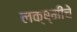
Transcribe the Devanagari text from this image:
लक्ष्मींचे